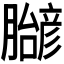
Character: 𬛝